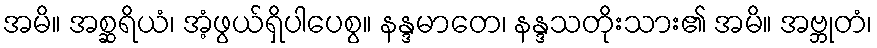
အမိ။ အစ္ဆရိယံ၊ အံ့ဖွယ်ရှိပါပေစွ။ နန္ဒမာတေ၊ နန္ဒသတိုးသား၏ အမိ။ အဗ္ဘုတံ၊